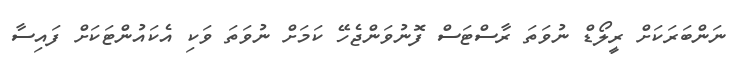
ނަންބަރަކަށް ރީލޯޑް ނުވަތަ ރާސްޓަސް ފޮނުވަންޖެހޭ ކަމަށް ނުވަތަ ވަކި އެކައުންޓަކަށް ފައިސާ